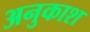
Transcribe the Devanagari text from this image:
अनुकाश